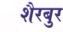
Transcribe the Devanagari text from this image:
शैरबुर